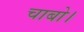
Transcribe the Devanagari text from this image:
चाबो।